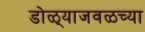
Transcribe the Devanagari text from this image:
डोळ्याजवळच्या